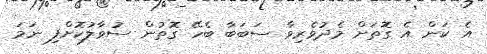
އެ ކަން އެ ގޮތަށް މެދުވެރިވާ ސަބަބާ ބެހޭ ގޮތުން ސުވާލުކޮށްފި ނަމަ